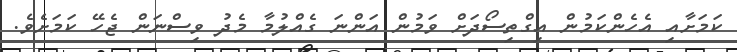
ކަމަށާއި އެހެންކަމުން އިގްތިސޯދަށް ވަމުން އަންނަ ގެއްލުމާ މެދު ވިސްނަން ޖެހޭ ކަމަށެވެ.